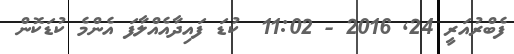
ފެބްރުއަރީ 24